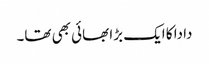
دادا کا ایک بڑا بھائی بھی تھا۔